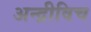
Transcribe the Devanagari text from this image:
अन्द्रीविच